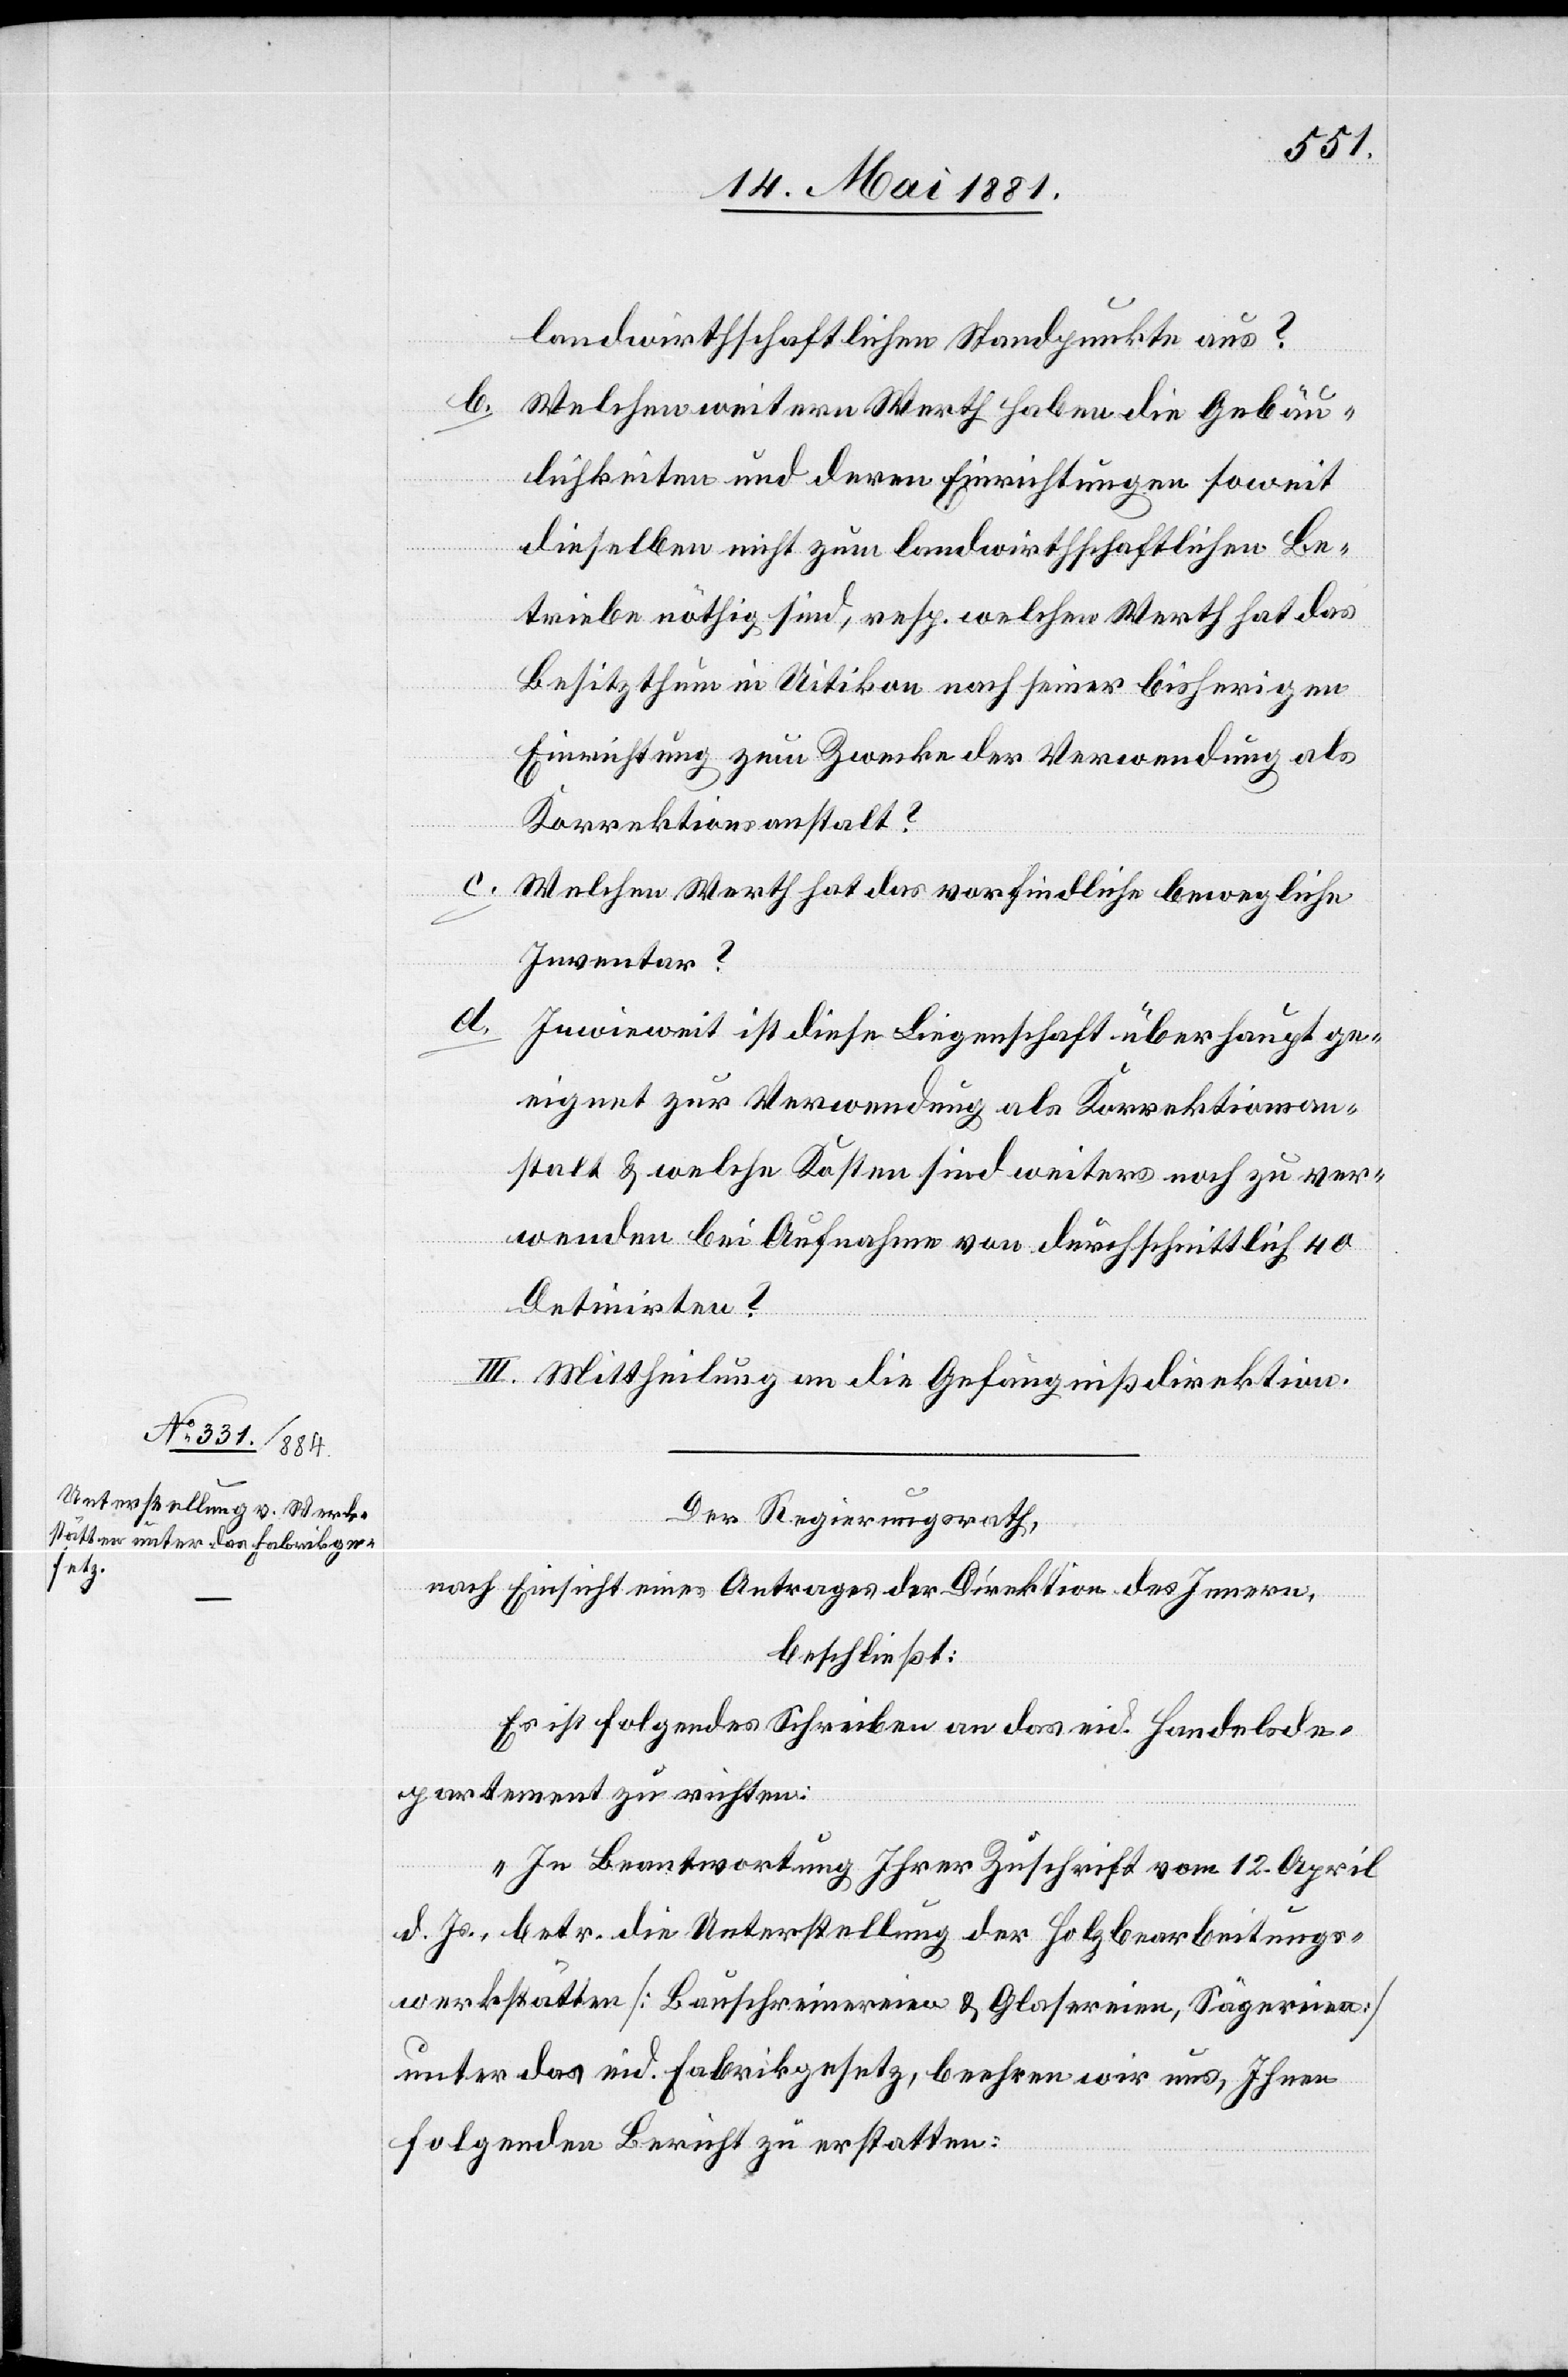
landwirthschaftlichen Standpunkte aus?
b. Welchen weitern Werth haben die Gebäu¬
lichkeiten und deren Einrichtungen soweit
dieselben nicht zum landwirthschaftlichen Be¬
triebe nöthig sind, resp. welchen Werth hat das
Besitzthum in Uitikon nach seiner bisherigen
Einrichtung zum Zwecke der Verwendung als
Korrektionsanstalt?
c.
Welchen Werth hat das vorfindliche bewegliche
Inventar?
d.
Inwieweit ist diese Liegenschaft überhaupt ge¬
eignet zur Verwendung als Korrektionsan¬
stalt & welche Kosten sind weiters noch zu ver¬
wenden bei Aufnahme von durchschnittlich 40
Detinirten?
III. Mittheilung an die Gefängnißdirektion.
Der Regierungsrath,
nach Einsicht eines Antrages der Direktion des Innern,
beschließt:
Es ist folgendes Schreiben an das eid. Handelsde¬
partement zu richten:
„In Beantwortung Ihrer Zuschrift vom 12. April
d. Js., betr. die Unterstellung der Holzbearbeitungs¬
werkstätten [Bauschreinereien & Glasereien, Sägereien]
unter das eid. Fabrikgesetz, beehren wir uns, Ihnen
folgenden Bericht zu erstatten: